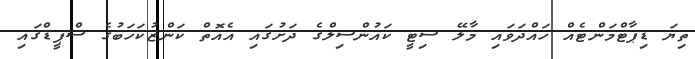
ތިޔަ ޑިޕާޓްމަންޓެއް ހައްދަވައި މާލޭ ސިޓީ ކައުންސިލްގެ ދަށުގައި އެއޮތް ކަންޒުކަހަބުގެ ސްޕީޑްގައި